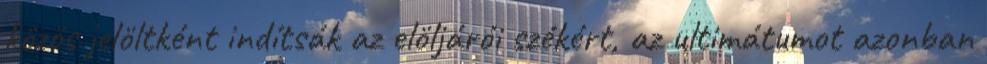
közös jelöltként indítsák az elöljárói székért, az ultimátumot azonban